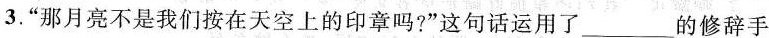
3.“那月亮不是我们按在天空上的印章吗?”这句话运用了___的修辞手